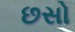
છસો